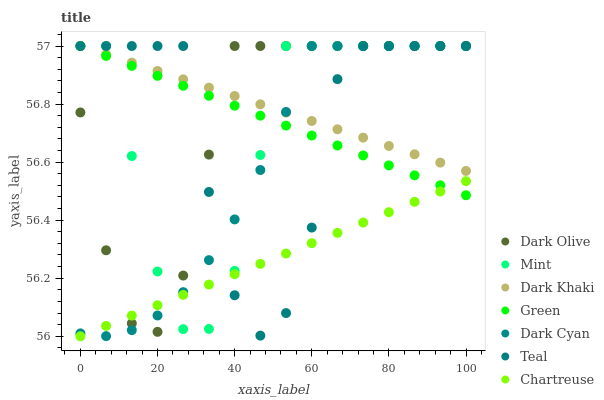
| xaxis_label | Dark Olive | Mint | Dark Khaki | Green | Dark Cyan | Teal | Chartreuse |
 | --- | --- | --- | --- | --- | --- | --- | --- |
 | 0 | 56.8 | 57 | 57 | 57 | 56 | 57 | 56 |
 | 6.67 | 56.3 | 57 | 57 | 57 | 56 | 57 | 56 |
 | 13.3 | 56 | 56.6 | 56.9 | 56.9 | 56 | 57 | 56.1 |
 | 20 | 56 | 56.2 | 56.9 | 56.9 | 56.1 | 57 | 56.1 |
 | 26.7 | 56.2 | 56 | 56.9 | 56.9 | 56.2 | 57 | 56.1 |
 | 33.3 | 56.6 | 56 | 56.9 | 56.8 | 56.3 | 56.5 | 56.2 |
 | 40 | 57 | 56.2 | 56.8 | 56.8 | 56.4 | 56.1 | 56.2 |
 | 46.7 | 57 | 56.6 | 56.8 | 56.8 | 56.6 | 56 | 56.2 |
 | 53.3 | 57 | 57 | 56.8 | 56.7 | 56.8 | 56.1 | 56.3 |
 | 60 | 57 | 57 | 56.7 | 56.7 | 57 | 56.4 | 56.3 |
 | 66.7 | 57 | 57 | 56.7 | 56.7 | 57 | 56.9 | 56.4 |
 | 73.3 | 57 | 57 | 56.7 | 56.6 | 57 | 57 | 56.4 |
 | 80 | 57 | 57 | 56.7 | 56.6 | 57 | 57 | 56.4 |
 | 86.7 | 57 | 57 | 56.6 | 56.6 | 57 | 57 | 56.5 |
 | 93.3 | 57 | 57 | 56.6 | 56.5 | 57 | 57 | 56.5 |
 | 100 | 57 | 57 | 56.6 | 56.5 | 57 | 57 | 56.5 |